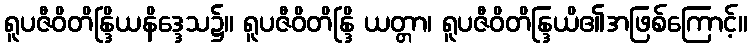
ရူပဇီဝိတိန္ဒြိယနိဒ္ဒေသ၌။ ရူပဇီဝိတိန္ဒြိ ယတ္တာ၊ ရူပဇီဝိတိန္ဒြယိ၏အဖြစ်ကြောင့်။